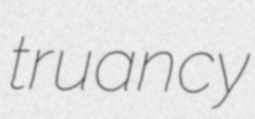
truancy